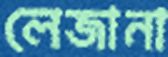
লেজানা